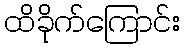
ထိခိုက်ကြောင်း